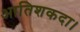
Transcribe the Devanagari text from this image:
आतिशकदा।